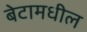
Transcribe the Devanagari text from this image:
बेटामधील